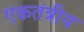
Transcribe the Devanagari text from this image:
एकतंत्रीय